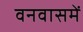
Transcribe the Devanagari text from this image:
वनवासमें